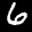
Label: 6